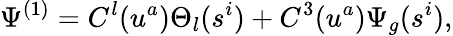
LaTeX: \Psi^{(1)}=C^{l}(u^{a})\Theta_{l}(s^{i})+C^{3}(u^{a})\Psi_{g}(s^{i}),